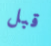
قبل